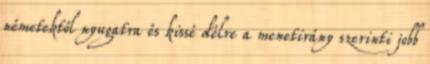
németektől nyugatra és kissé délre a menetirány szerinti jobb